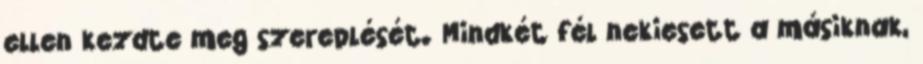
ellen kezdte meg szereplését. Mindkét fél nekiesett a másiknak,